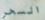
السحر